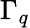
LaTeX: \Gamma_{q}